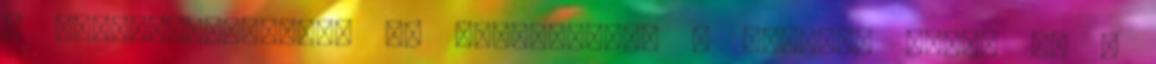
A Gerincbetegségek Az elutasítást a gyermek eszik és a